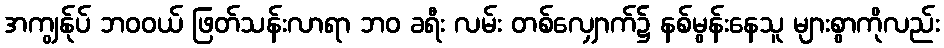
အကျွန်ုပ် ဘဝဝယ် ဖြတ်သန်းလာရာ ဘဝ ခရီး လမ်း တစ်လျှောက်၌ နစ်မွန်းနေသူ များစွာကိုလည်း